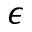
\epsilon